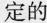
定的